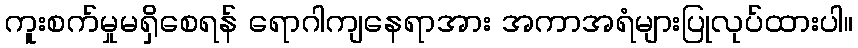
ကူးစက်မှုမရှိစေရန် ရောဂါကျနေရာအား အကာအရံများပြုလုပ်ထားပါ။